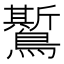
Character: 𪆗